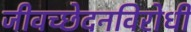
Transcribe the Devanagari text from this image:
जीवच्छेदनविरोधी